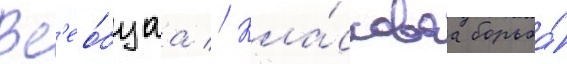
Вс'ео́бщаа // Кла́ссоваа борьба́